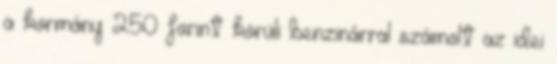
a kormány 250 forint körüli benzinárral számolt az idei